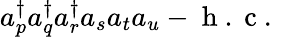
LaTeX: a_{p}^{\dagger}a_{q}^{\dagger}a_{r}^{\dagger}a_{s}a_{t}a_{u}-\mathrm{~h~.~c~.~}